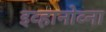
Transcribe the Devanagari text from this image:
इव्हानोव्ना